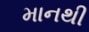
માનથી